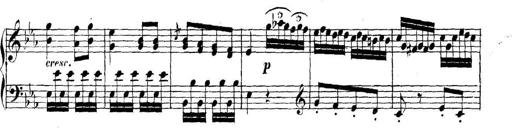
Title: Collected Piano Sonatas
Composer: Muzio Clementi